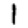
Digit: 1